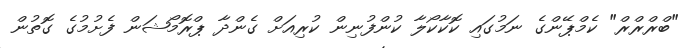
"ބްރްރްރް" ކެމްޕޭންގެ ނަމުގައި ކޮކާކޯލާ ކުންފުނިން ކުރިއަށް ގެންދާ ޕްރޮމޯޝަން ފެށުމުގެ ގޮތުން